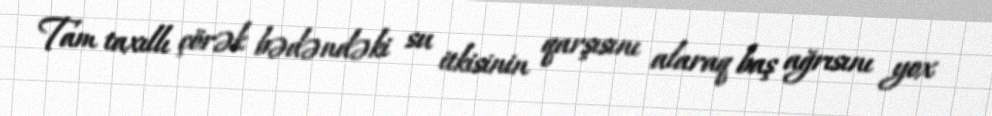
Tam taxıllı çörək bədəndəki su itkisinin qarşısını alaraq baş ağrısını yox